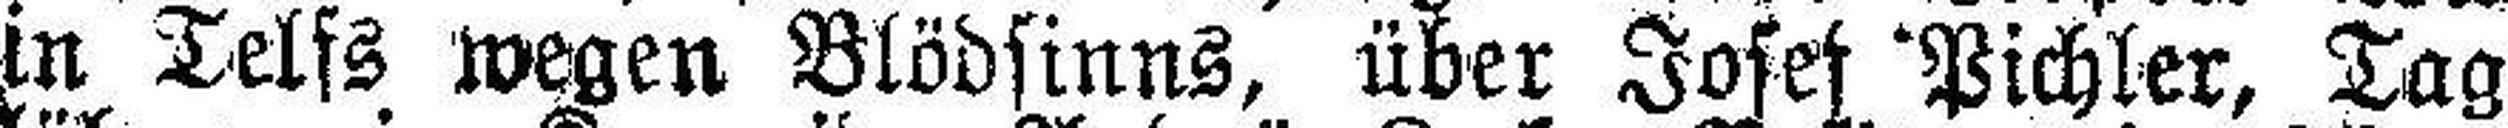
in Telfs wegen Blödsinns, über Josef Pichler, Tag¬